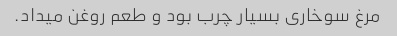
مرغ سوخاری بسیار چرب بود و طعم روغن میداد.